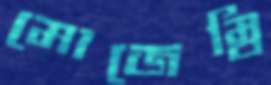
মোজেম্বি